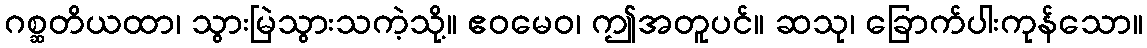
ဂစ္ဆတိယထာ၊ သွားမြဲသွားသကဲ့သို့။ ဧဝမေဝ၊ ဤအတူပင်။ ဆသု၊ ခြောက်ပါးကုန်သော။